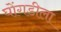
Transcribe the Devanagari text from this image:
घोंगडीला